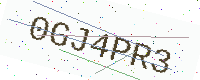
Text: 0GJ4PR3